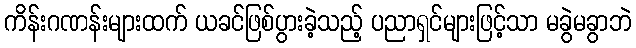
ကိန်းဂဏန်းများထက် ယခင်ဖြစ်ပွားခဲ့သည့် ပညာရှင်များဖြင့်သာ မခွဲမခွာဘဲ